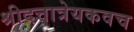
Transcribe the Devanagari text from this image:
श्रीदत्तात्रेयकवच